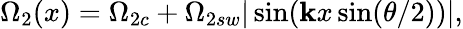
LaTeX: \Omega_{2}(x)=\Omega_{2c}+\Omega_{2sw}|\sin(\mathbf{k}x\sin(\theta/2))|,